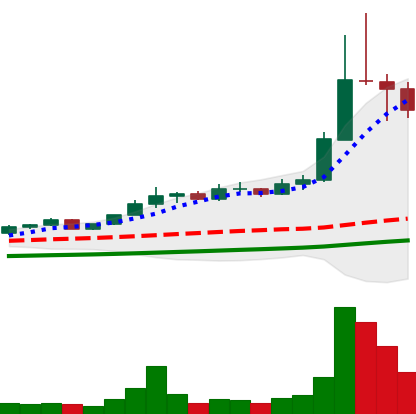
Ticker: ETC-USD
Chart end date: 2021-04-19
Forward return: -11.724%
Label: down_7plus